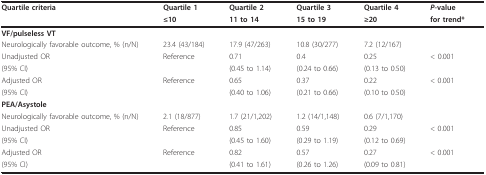
<table><thead><tr><td><b>Quartile criteria</b></td><td><b>Quartile 1</b></td><td><b>Quartile 2</b></td><td><b>Quartile 3</b></td><td><b>Quartile 4</b></td><td><b><i>P</i>-value</b></td></tr><tr><td></td><td><b>≤10</b></td><td><b>11 to 14</b></td><td><b>15 to 19</b></td><td><b>≥20</b></td><td><b>for trend*</b></td></tr></thead><tbody><tr><td><b>VF/pulseless VT</b></td><td></td><td></td><td></td><td></td><td></td></tr><tr><td>Neurologically favorable outcome, % (n/N)</td><td>23.4 (43/184)</td><td>17.9 (47/263)</td><td>10.8 (30/277)</td><td>7.2 (12/167)</td><td></td></tr><tr><td>Unadjusted OR</td><td>Reference</td><td>0.71</td><td>0.4</td><td>0.25</td><td>&lt; 0.001</td></tr><tr><td>(95% CI)</td><td></td><td>(0.45 to 1.14)</td><td>(0.24 to 0.66)</td><td>(0.13 to 0.50)</td><td></td></tr><tr><td>Adjusted OR</td><td>Reference</td><td>0.65</td><td>0.37</td><td>0.22</td><td>&lt; 0.001</td></tr><tr><td>(95% CI)</td><td></td><td>(0.40 to 1.06)</td><td>(0.21 to 0.66)</td><td>(0.10 to 0.50)</td><td></td></tr><tr><td><b>PEA/Asystole</b></td><td></td><td></td><td></td><td></td><td></td></tr><tr><td>Neurologically favorable outcome, % (n/N)</td><td>2.1 (18/877)</td><td>1.7 (21/1,202)</td><td>1.2 (14/1,148)</td><td>0.6 (7/1,170)</td><td></td></tr><tr><td>Unadjusted OR</td><td>Reference</td><td>0.85</td><td>0.59</td><td>0.29</td><td>&lt; 0.001</td></tr><tr><td>(95% CI)</td><td></td><td>(0.45 to 1.60)</td><td>(0.29 to 1.19)</td><td>(0.12 to 0.69)</td><td></td></tr><tr><td>Adjusted OR</td><td>Reference</td><td>0.82</td><td>0.57</td><td>0.27</td><td>&lt; 0.001</td></tr><tr><td>(95% CI)</td><td></td><td>(0.41 to 1.61)</td><td>(0.26 to 1.26)</td><td>(0.09 to 0.81)</td><td></td></tr></tbody></table>